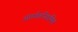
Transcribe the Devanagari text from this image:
अंतर्गतनिगमित